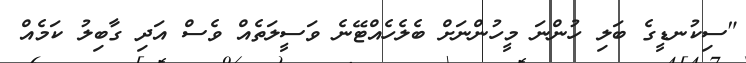
"ސިކުނޑީގެ ބަލި ހުންނަ މީހުންނަށް ބެލެހެއްޓޭނެ ވަސީލަތެއް ވެސް އަދި ގާބިލު ކަމެއް